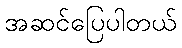
အဆင်ပြေပါတယ်